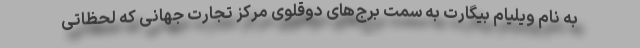
به نام ویلیام بیگارت به سمت برج‌های دوقلوی مرکز تجارت جهانی که لحظاتی